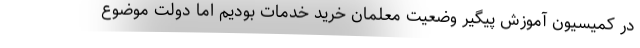
در کمیسیون آموزش پیگیر وضعیت معلمان خرید خدمات بودیم اما دولت موضوع